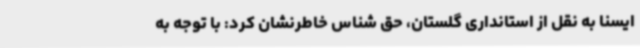
ایسنا به نقل از استانداری گلستان، حق شناس خاطرنشان کرد: با توجه به